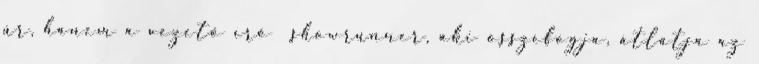
úr, hanem a vezető író showrunner, aki összefogja, átlátja az